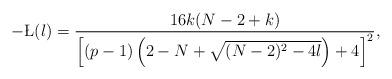
LaTeX: \begin{align*}-\L(\l)=\frac{16k(N-2+k)}{\left[(p-1)\left(2-N+\sqrt{(N-2)^2-4\l}\right)+4\right]^2},\end{align*}